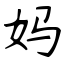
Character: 妈